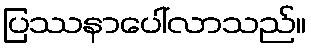
ပြဿနာပေါ်လာသည်။